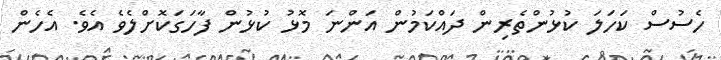
ހެސުސް ކަހަލަ ކުޅުންތެރިން ދައްކަމުން އަންނަ މޮޅު ކުޅުން ފާހަގަކޮށްލެވެ އެވެ. އެހެން